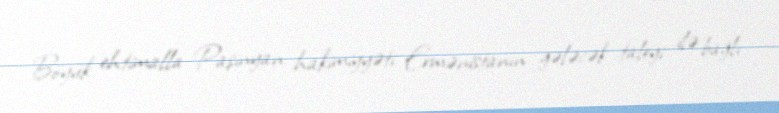
Böyük ehtimalla Paşinyan hakimiyyəti Ermənistanın gələcək taleyi ilə bağlı